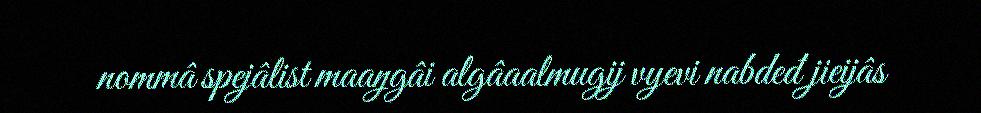
nommâ spejâlist maaŋgâi algâaalmugij vyevi nabdeđ jieijâs